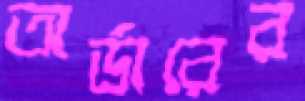
অর্ডারের